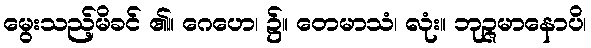
မွေးသည့်မိခင် ၏။ ဂေဟေ၊ ၌။ တေမာသံ၊ လုံး။ ဘုဉ္ဇမာနောပိ၊